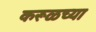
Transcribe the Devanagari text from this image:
करूळच्या